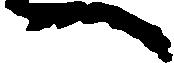
へ